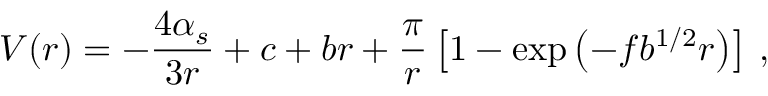
V ( r ) = - { \frac { 4 \alpha _ { s } } { 3 r } } + c + b r + { \frac { \pi } { r } } \left[ 1 - \exp \left( - f b ^ { 1 / 2 } r \right) \right] \, ,